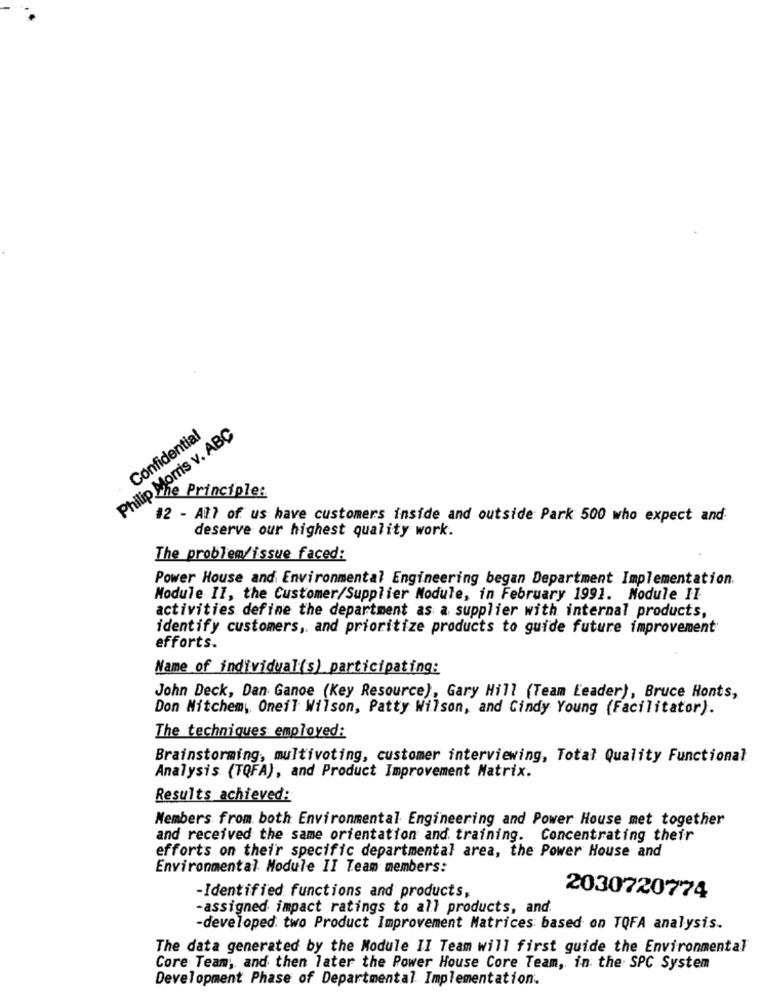
Philip Morris v. ABC
Confidential
Principle:
12 - All of us have customers inside and outside Park 500 who expect and
deserve our highest quality work.
The problem/issue faced:
Power House and Environmental Engineering began Department Implementation.
Module II, the Customer/Supplier Module, in February 1991. Module II
activities define the department as a supplier with internal products,
identify customers, and prioritize products to guide future improvement
efforts.
Name of individual(s) participating:
John Deck, Dan Ganoe (Key Resource), Gary Hill (Team Leader), Bruce Honts,
Don Nitchem, Oneil Wilson, Patty Wilson, and Cindy Young (Facilitator).
The techniques employed:
Brainstorming, multivoting, customer interviewing, Total Quality Functional
Analysis (TQFA), and Product Improvement Matrix.
Results achieved:
Members from both Environmental Engineering and Power House met together
and received the same orientation and training. Concentrating their
efforts on their specific departmental area, the Power House and
Environmental Module II Team members:
2030720774
-Identified functions and products,
-assigned impact ratings to all products, and.
-developed. two Product Improvement Matrices based on TQFA analysis.
The data generated by the Module II Team will first guide the Environmental
Core Team, and then later the Power House Core Team, in the SPC System
Development Phase of Departmental Implementation.